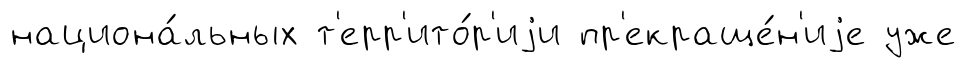
национа́льных т'ерр'ито́р'иjи пр'екраще́н'иjе уже